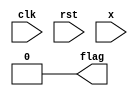
`timescale 1ns/100ps
module fixed_point_cheker(clk, rst, x, flag);
	input wire clk;						//clock signal
	input wire [7:0] rst;		//is init val changed?
	input wire [7:0] x;					//current gene state
	output reg flag;					//Fixed point has been FOUND!
	reg [7:0] state;					//state of x[t]

	always @(rst) begin		//if init val changed
		flag = 0;						//reset cycle  flag
	end

	always @(posedge clk) begin		//synchronized with positive edge clock signal
		if (state == x)	begin			//when x[t-1] == x[t+1]
			flag = 1;					//FIXED POINT!!!	
			$display("init: %d -> fixed_pnt: %b", rst, x);
		end else
			flag = 0;
		state = x;					//save x[t]
	end
endmodule